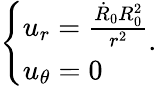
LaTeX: \left\{ \begin{array}{l}{u_{r}=\frac{\dot{R}_{0}R_{0}^{2}}{r^{2}}}\\ {u_{\theta}=0}\end{array}\right..